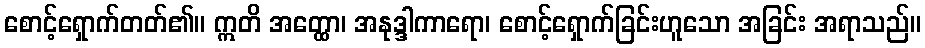
စောင့်ရှောက်တတ်၏။ ဣတိ အတ္ထော၊ အနုဒ္ဒါကာရော၊ စောင့်ရှောက်ခြင်းဟူသော အခြင်း အရာသည်။